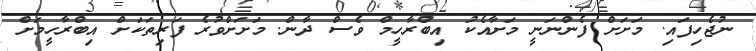
ނުޖެހިފައި. މަށަށް ފެންނަނީ މަށާއެކު އިބްރާހީމް ވެސް ދާން. މަށަށްވުރެ ފަރިތަކަށް އިބްރާހީމަށް